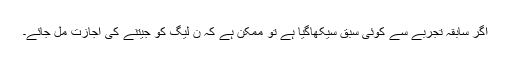
اگر سابقہ تجربے سے کوئی سبق سیکھاگیا ہے تو ممکن ہے کہ ن لیگ کو جیتنے کی اجازت مل جائے۔